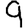
Digit: 9